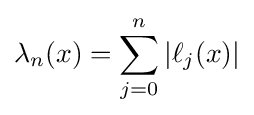
\lambda _{n}(x)=\sum _{j=0}^{n}|\ell _{j}(x)|